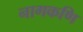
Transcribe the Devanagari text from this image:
नागकणि